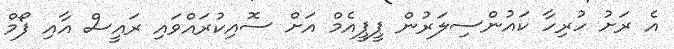
އެ ރަށު ހުރިހާ ކައުންސިލަރުން ޕީޕީއެމް އަށް ސޮއިކުރައްވައި ރައީސް އާއި ފޯމް